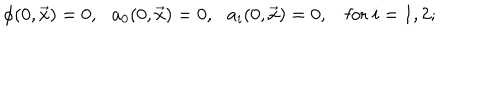
LaTeX: \phi ( 0 , \vec { x } ) = 0 , \: \: \: a _ { 0 } ( 0 , \vec { x } ) = 0 , \: \: \: a _ { i } ( 0 , \vec { x } ) = 0 , \: \: \: \mathrm { ~ f o r ~ } i = 1 , 2 ;